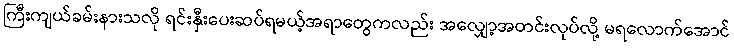
ကြီးကျယ်ခမ်းနားသလို ရင်းနှီးပေးဆပ်ရမယ့်အရာတွေကလည်း အလျှော့အတင်းလုပ်လို့ မရလောက်အောင်